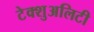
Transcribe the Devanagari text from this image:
टेक्शुअलिटी